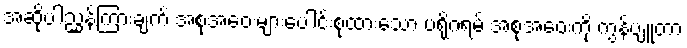
အဆိုပါညွှန်ကြားချက် အစုအဝေးများပေါင်းစုထားသော ပရိုဂရမ် အစုအဝေးကို ကွန်ပျူတာ